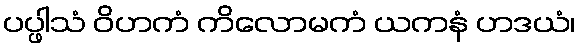
ပပ္ဖါသံ ဝိဟကံ ကိလောမကံ ယကနံ ဟဒယံ၊